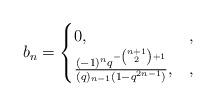
LaTeX: \begin{align*} b_n = \begin{cases}0, &,\\\frac{(-1)^nq^{-\binom{n+1}{2}+1}}{(q)_{n-1}(1-q^{2n-1})}, &,\end{cases}\end{align*}